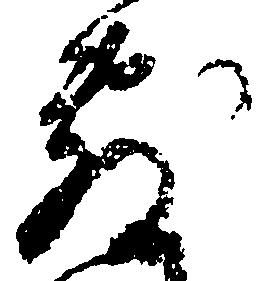
敷